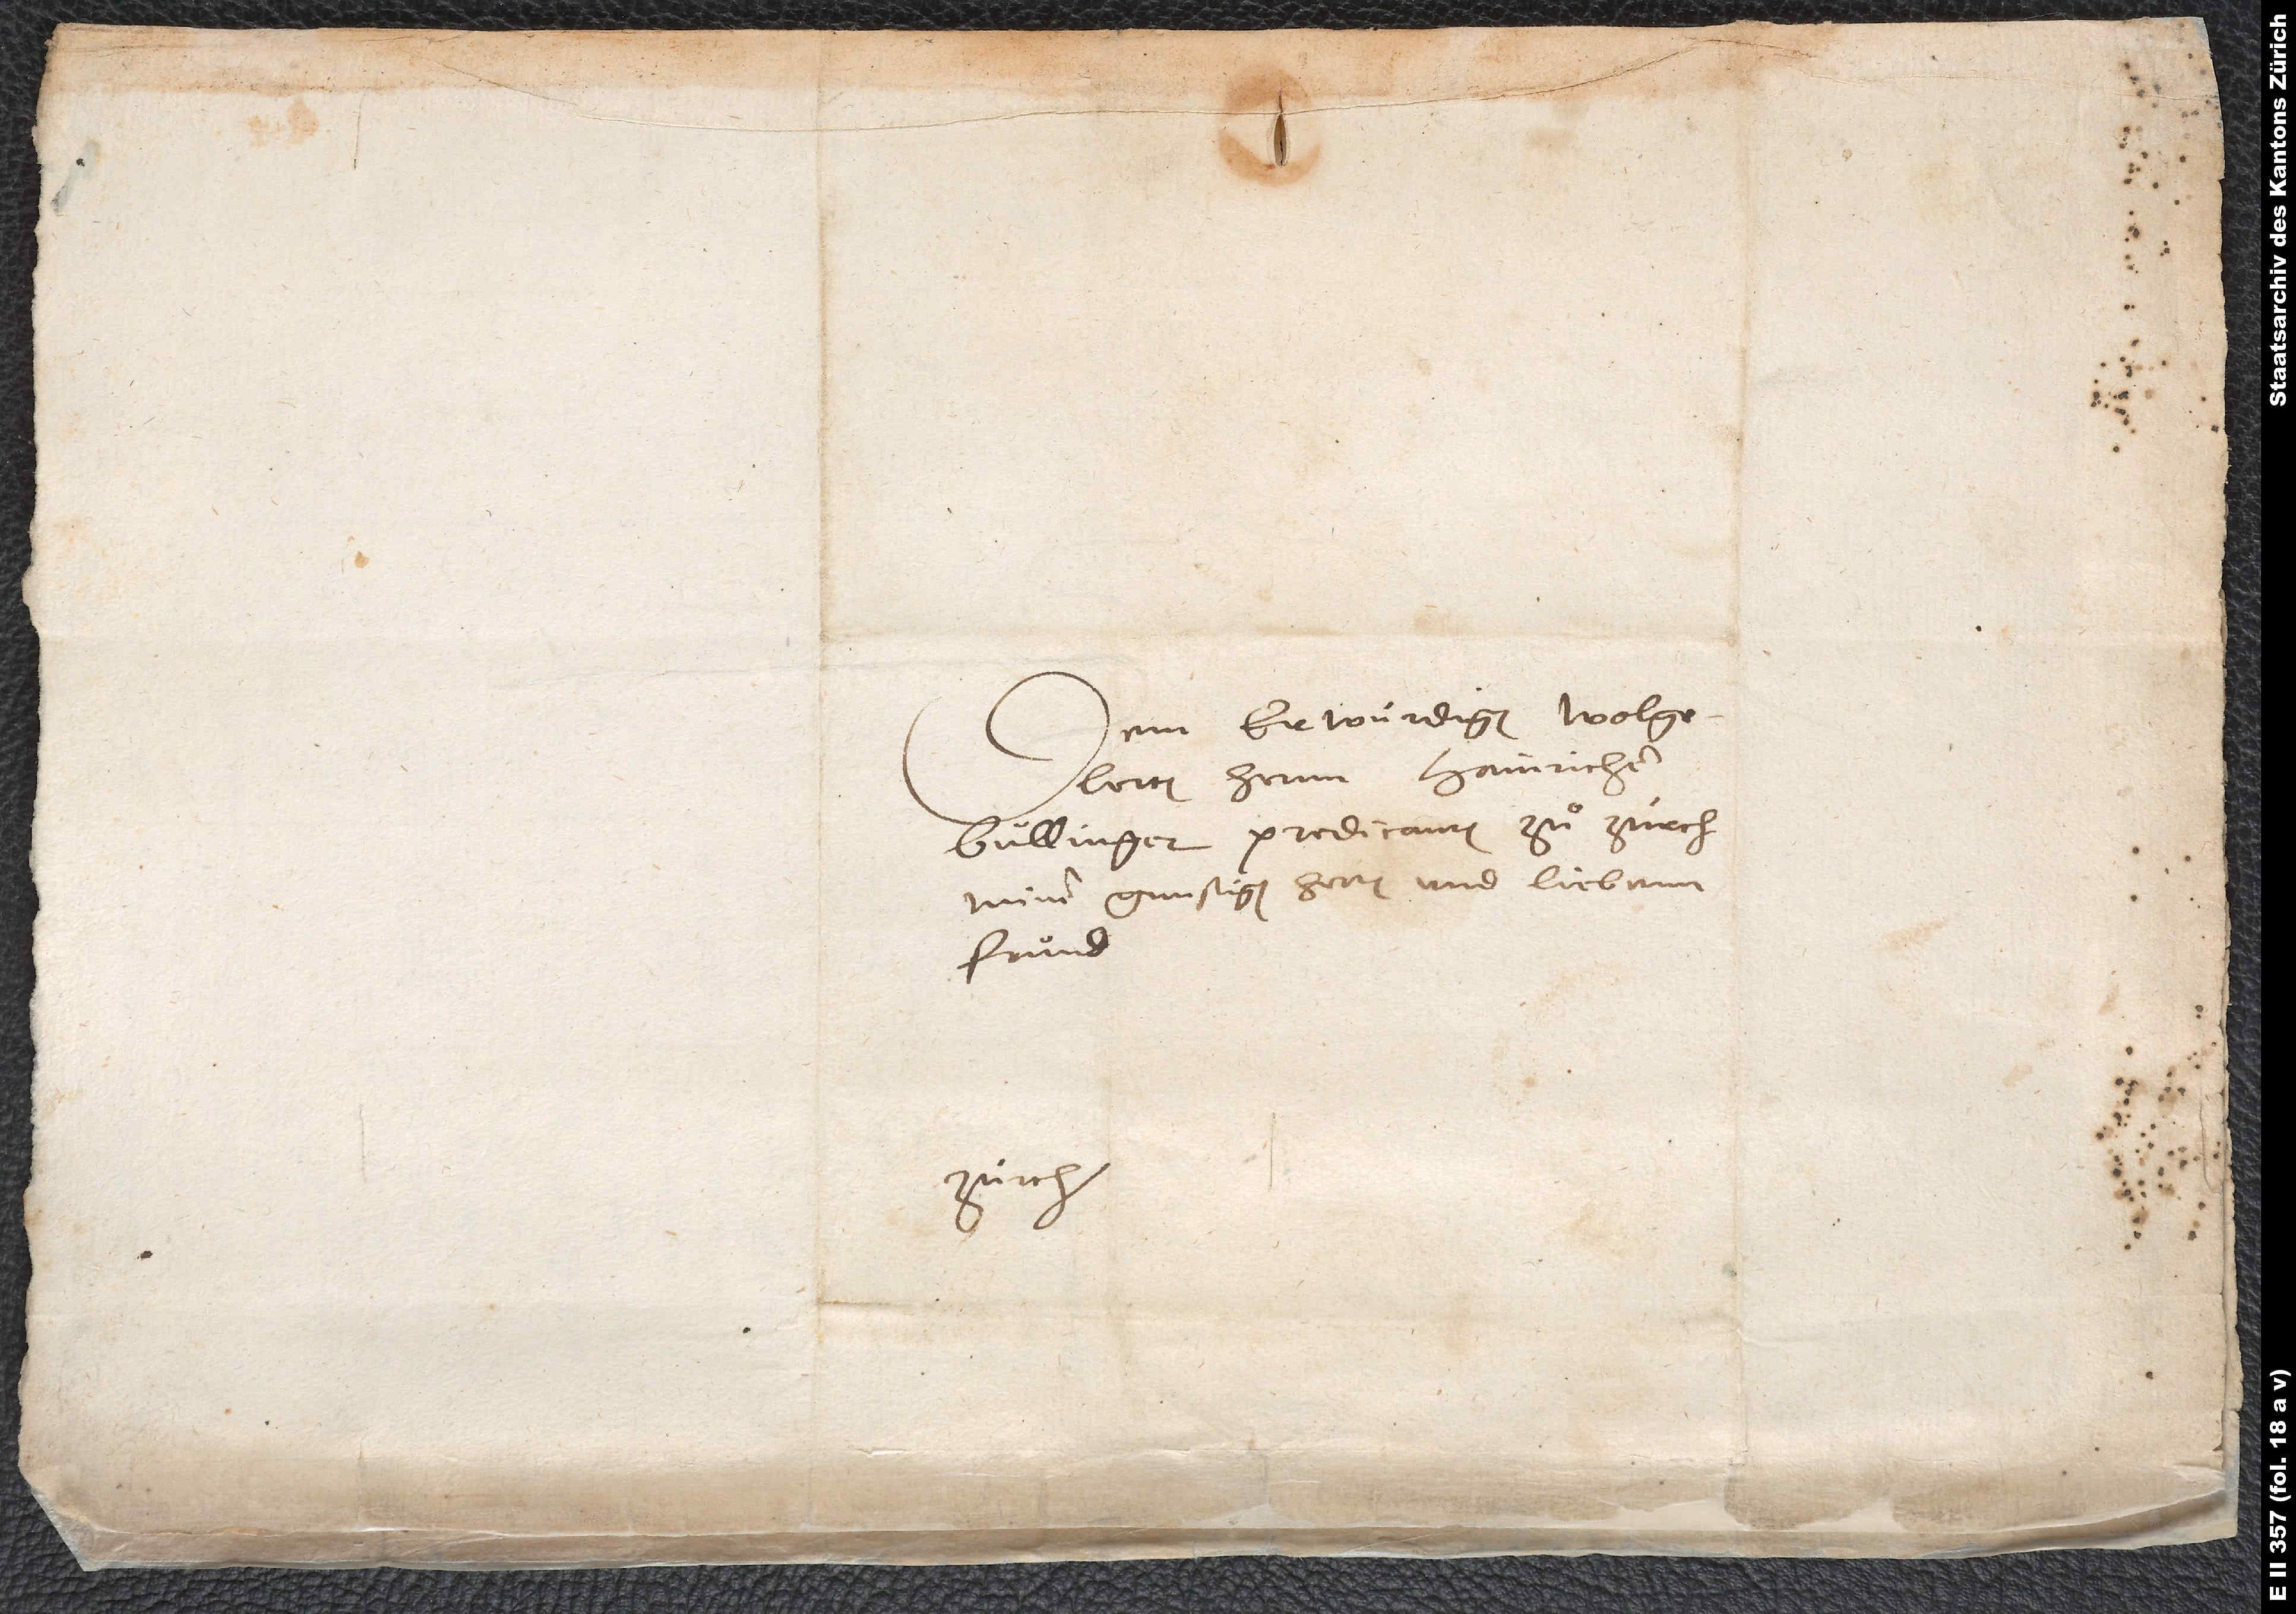
Dem erwurdigen, wolgelerten
hernn Hainrichen
Bullinger, predicanten zu Zurch,
minem gunstigen herren und liebenn
frund.
Zurch.